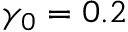
\gamma _ { 0 } = 0 . 2